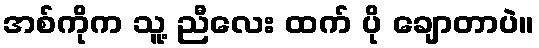
အစ်ကိုက သူ့ ညီလေး ထက် ပို ချောတာပဲ။